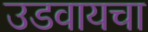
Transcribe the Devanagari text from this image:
उडवायचा